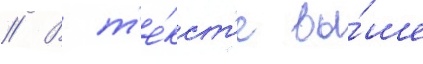
// В т'е́кст'е вы́ше